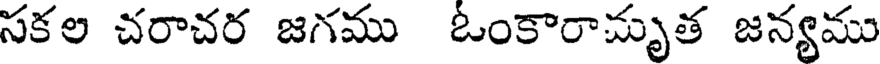
సకల చరాచర జగము ఓంకారామృత జన్యము